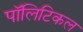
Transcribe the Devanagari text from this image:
पाॅलिटिकल